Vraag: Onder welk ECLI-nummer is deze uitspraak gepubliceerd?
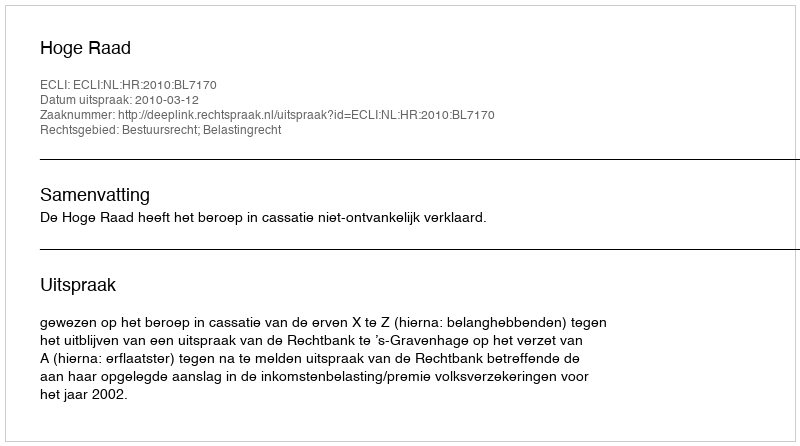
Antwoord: ECLI:NL:HR:2010:BL7170